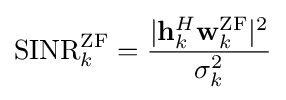
{\textrm {SINR}}_{k}^{\mathrm {ZF} }={\frac {|\mathbf {h} _{k}^{H}\mathbf {w} _{k}^{\mathrm {ZF} }|^{2}}{\sigma _{k}^{2}}}